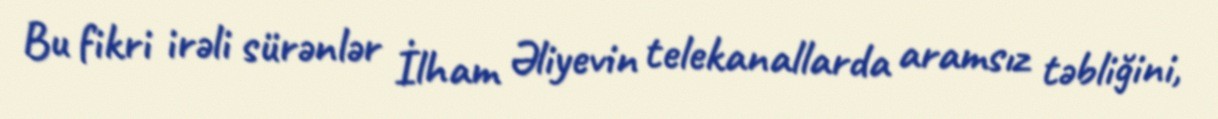
Bu fikri irəli sürənlər İlham Əliyevin telekanallarda aramsız təbliğini,